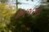
કનજરના